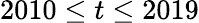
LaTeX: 2010\leq t\leq 2019